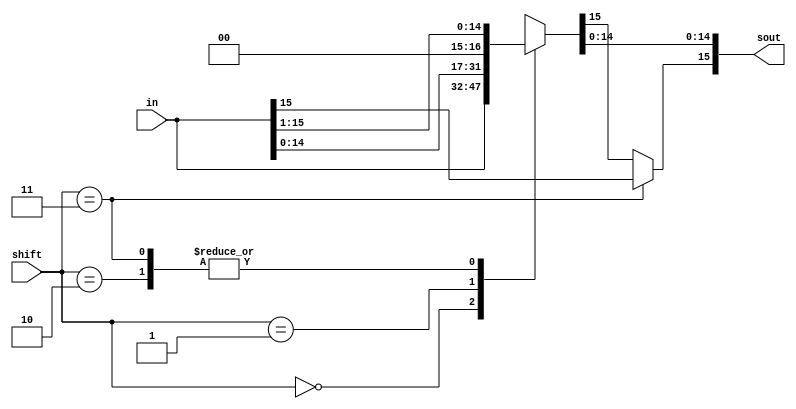
module shifter(in,shift,sout);
    input   [15:0] in;
    input   [1:0] shift;
    output  [15:0] sout;

    reg [15:0] sout;
    reg tempbm;

    always @(*) begin
        tempbm = in[15]; // saves the MSB of input in case of shift = 2'b11 operation

        case(shift)      // preform specific operation based on value of shift
            2'b00: sout = in; 
            2'b01: sout = in << 1;  // multiply by 2
            2'b10: sout = in >> 1;  // divide by 2
            2'b11: sout = in >> 1; // shifts right by 1 however 15th bit (MSB) is 0 
            default: sout = {16{1'bx}};
        endcase
        
        if (shift == 2'b11)  // Set MSB of sout to B[15] 
            sout[15] = tempbm;
    end
endmodule